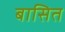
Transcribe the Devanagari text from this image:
बासित